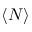
\langle N \rangle